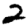
Digit: 2